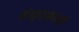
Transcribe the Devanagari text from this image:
संस्कृतज्ञयात्री